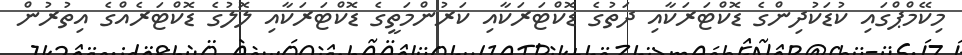
މިކޭމްޕްގައި ކުޑަކުދިންގެ ޑޮކްޓަރަކާއި ދަތުގެ ޑޮކްޓަރަކާއި ކަރުންމަތީގެ ޑޮކްޓަރަކާއި ލޮލުގެ ޑޮކްޓަރެއްގެ އިތުރުން